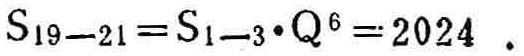
\(S_{19 - 21}=S_{1 - 3}\cdot Q^{6}=2024\)